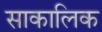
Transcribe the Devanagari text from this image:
साकालिक